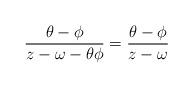
LaTeX: \begin{align*}\frac{\theta-\phi}{z-\omega-\theta\phi}=\frac{\theta-\phi}{z-\omega}\end{align*}